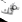
لك